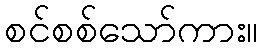
စင်စစ်သော်ကား။